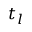
t _ { l }